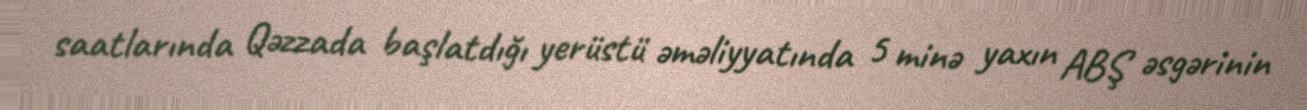
saatlarında Qəzzada başlatdığı yerüstü əməliyyatında 5 minə yaxın ABŞ əsgərinin